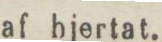
af hjertat.